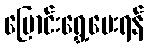
ပြောင်းရွှေ့ပေးရန်